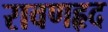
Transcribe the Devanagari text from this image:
रावणहृद